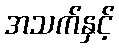
အသက်နှင့်